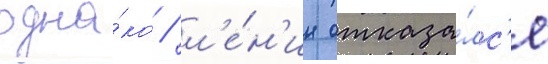
одна́ко / л'е́н'ин отказа́лс'я